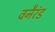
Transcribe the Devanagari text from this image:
वनैरंड